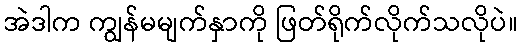
အဲဒါက ကျွန်မမျက်နှာကို ဖြတ်ရိုက်လိုက်သလိုပဲ။